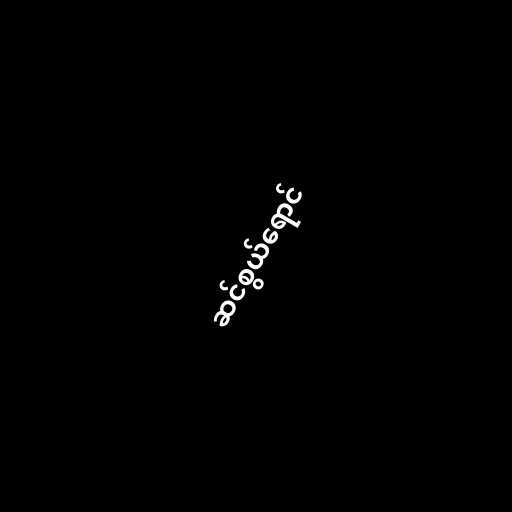
ဆင်စွယ်ရောင်